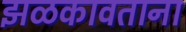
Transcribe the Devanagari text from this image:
झळकावताना